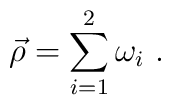
\vec{\rho}=\sum\limits_{i=1}^2 \omega_i\ .